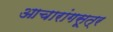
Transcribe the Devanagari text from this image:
आचारांगसूत्र